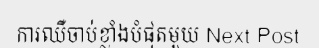
ការឈឺចាប់ខ្លាំងបំផុតមួយ Next Post